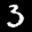
Label: 3